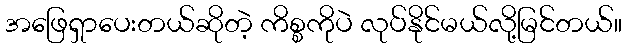
အဖြေရှာပေးတယ်ဆိုတဲ့ ကိစ္စကိုပဲ လုပ်နိုင်မယ်လို့မြင်တယ်။